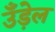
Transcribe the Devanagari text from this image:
उँड़ेल